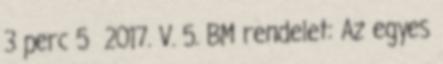
3 perc 5 2017. V. 5. BM rendelet: Az egyes